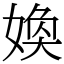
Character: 𡞵